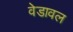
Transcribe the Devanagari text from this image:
वेडावल